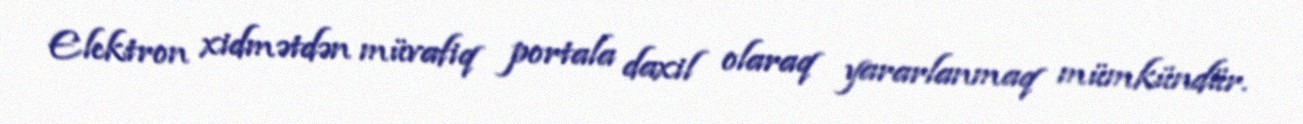
Elektron xidmətdən müvafiq portala daxil olaraq yararlanmaq mümkündür.